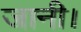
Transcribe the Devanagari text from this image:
जानी।